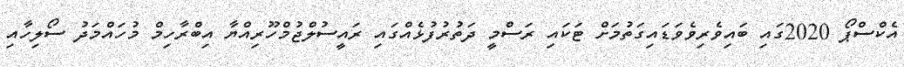
އެކްސްޕޯ 2020ގައި ބައިވެރިވެވަޑައިގަތުމަށް ޓަކައި ރަސްމީ ދަތުރުފުޅެއްގައި ރައީސުލްޖުމްހޫރިއްޔާ އިބްރާހިމް މުހައްމަދު ސޯލިހާއި